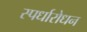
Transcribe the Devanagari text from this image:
स्पर्धारोधन